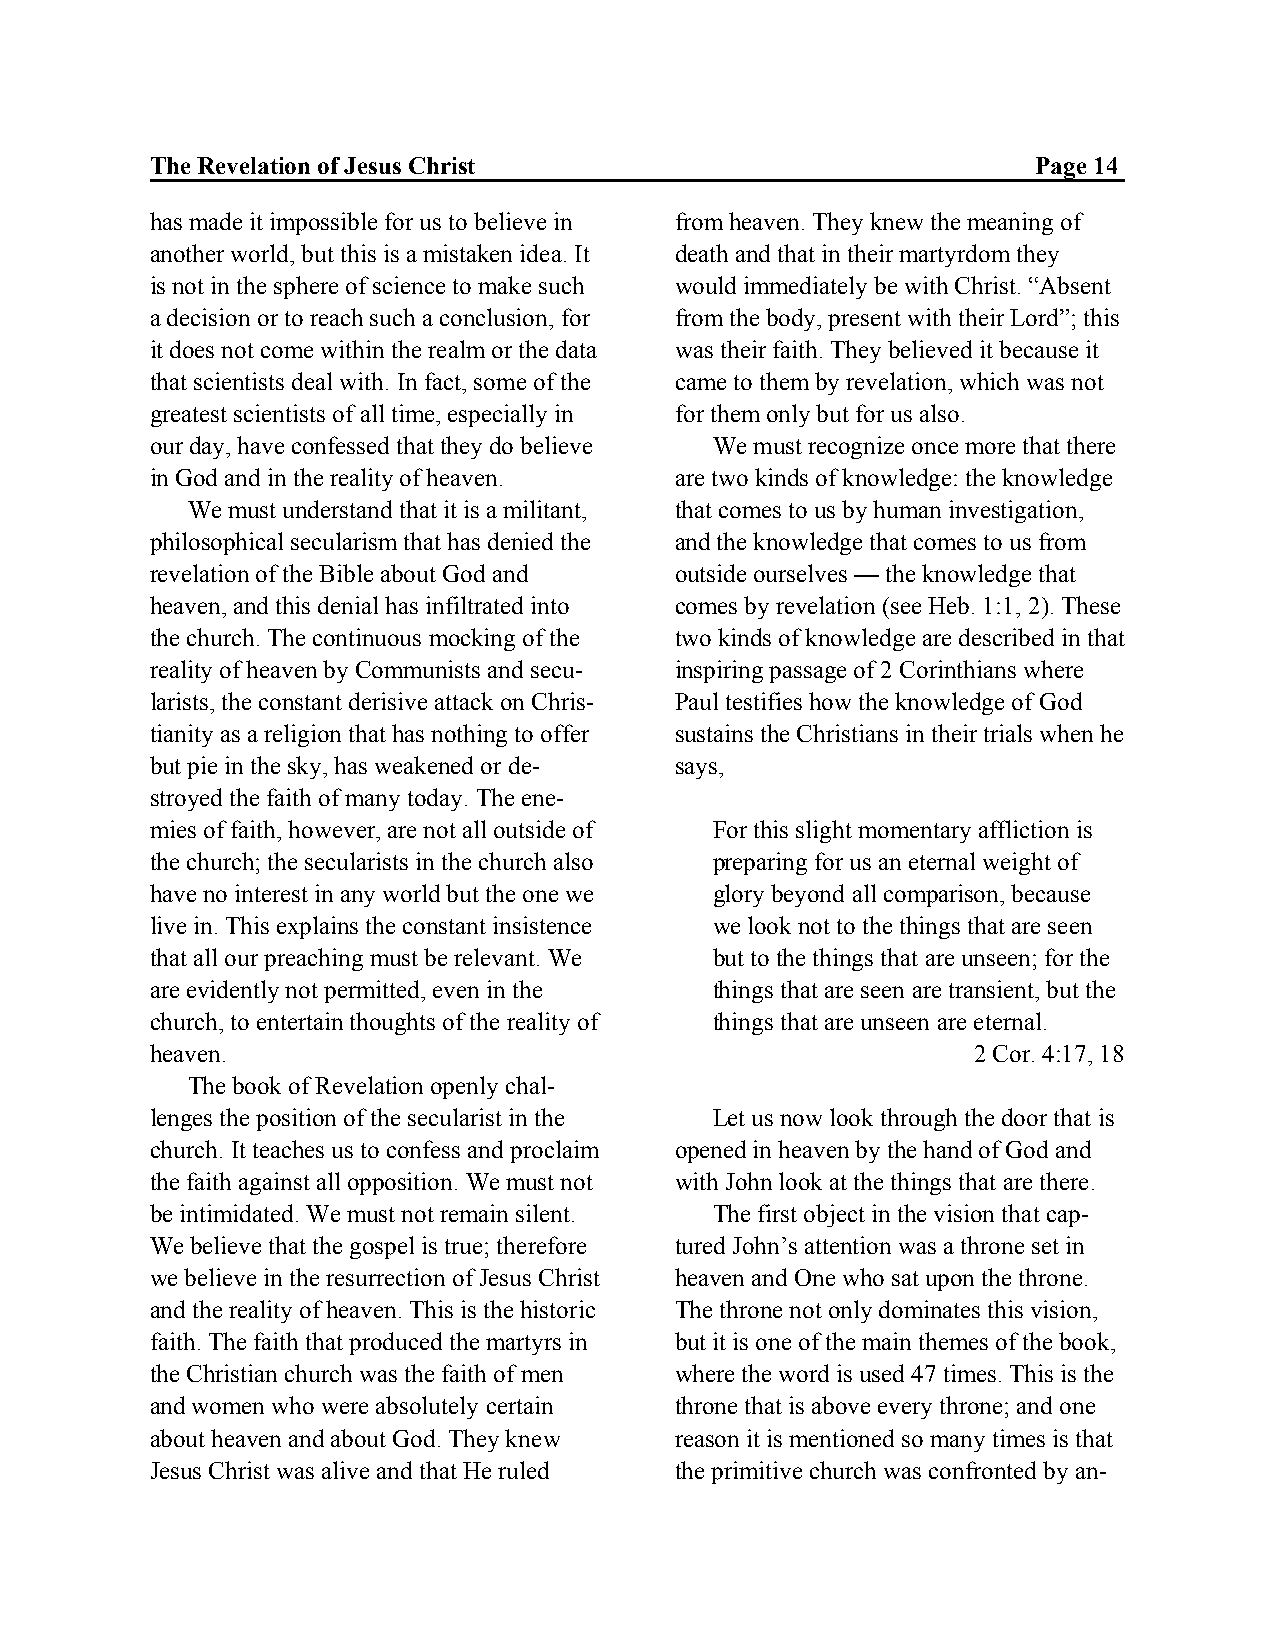
The Revelation of Jesus Christ                             Page 14
 has made it impossible for us to believe in from heaven. They knew the meaning of
 another world, but this is a mistaken idea. It death and that in their martyrdom they
 is not in the sphere of science to make such would immediately be with Christ. “Absent
 a decision or to reach such a conclusion, for from the body, present with their Lord”; this
 it does not come within the realm or the data was their faith. They believed it because it
 that scientists deal with. In fact, some of the came to them by revelation, which was not
 greatest scientists of all time, especially in for them only but for us also.
 our day, have confessed that they do believe We must recognize once more that there
 in God and in the reality of heaven. are two kinds of knowledge: the knowledge
 We must understand that it is a militant, that comes to us by human investigation,
 philosophical secularism that has denied the and the knowledge that comes to us from
 revelation of the Bible about God and outside ourselves — the knowledge that
 heaven, and this denial has infiltrated into comes by revelation (see Heb. 1:1, 2). These
 the church. The continuous mocking of the two kinds of knowledge are described in that
 reality of heaven by Communists and secu- inspiring passage of 2 Corinthians where
 larists, the constant derisive attack on Chris- Paul testifies how the knowledge of God
 tianity as a religion that has nothing to offer sustains the Christians in their trials when he
 but pie in the sky, has weakened or de- says,
 stroyed the faith of many today. The ene-
 mies of faith, however, are not all outside of For this slight momentary affliction is
 the church; the secularists in the church also preparing for us an eternal weight of
 have no interest in any world but the one we glory beyond all comparison, because
 live in. This explains the constant insistence we look not to the things that are seen
 that all our preaching must be relevant. We but to the things that are unseen; for the
 are evidently not permitted, even in the things that are seen are transient, but the
 church, to entertain thoughts of the reality of things that are unseen are eternal.
 heaven.                                                2 Cor. 4:17, 18
 The book of Revelation openly chal-
 lenges the position of the secularist in the Let us now look through the door that is
 church. It teaches us to confess and proclaim opened in heaven by the hand of God and
 the faith against all opposition. We must not with John look at the things that are there.
 be intimidated. We must not remain silent. The first object in the vision that cap-
 We believe that the gospel is true; therefore tured John’s attention was a throne set in
 we believe in the resurrection of Jesus Christ heaven and One who sat upon the throne.
 and the reality of heaven. This is the historic The throne not only dominates this vision,
 faith. The faith that produced the martyrs in but it is one of the main themes of the book,
 the Christian church was the faith of men where the word is used 47 times. This is the
 and women who were absolutely certain throne that is above every throne; and one
 about heaven and about God. They knew reason it is mentioned so many times is that
 Jesus Christ was alive and that He ruled the primitive church was confronted by an-